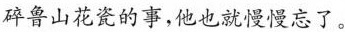
碎鲁山花瓷的事，他也就慢慢忘了。